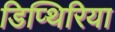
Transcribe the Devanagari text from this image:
डिप्थिरिया